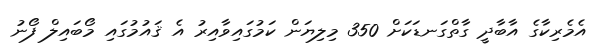
އެމެރިކާގެ އާބާދީ ގާތްގަނޑަކަށް 350 މިލިޔަން ކަމުގައިވާއިރު އެ ޤައުމުގައި މޯބައިލް ފޯނު